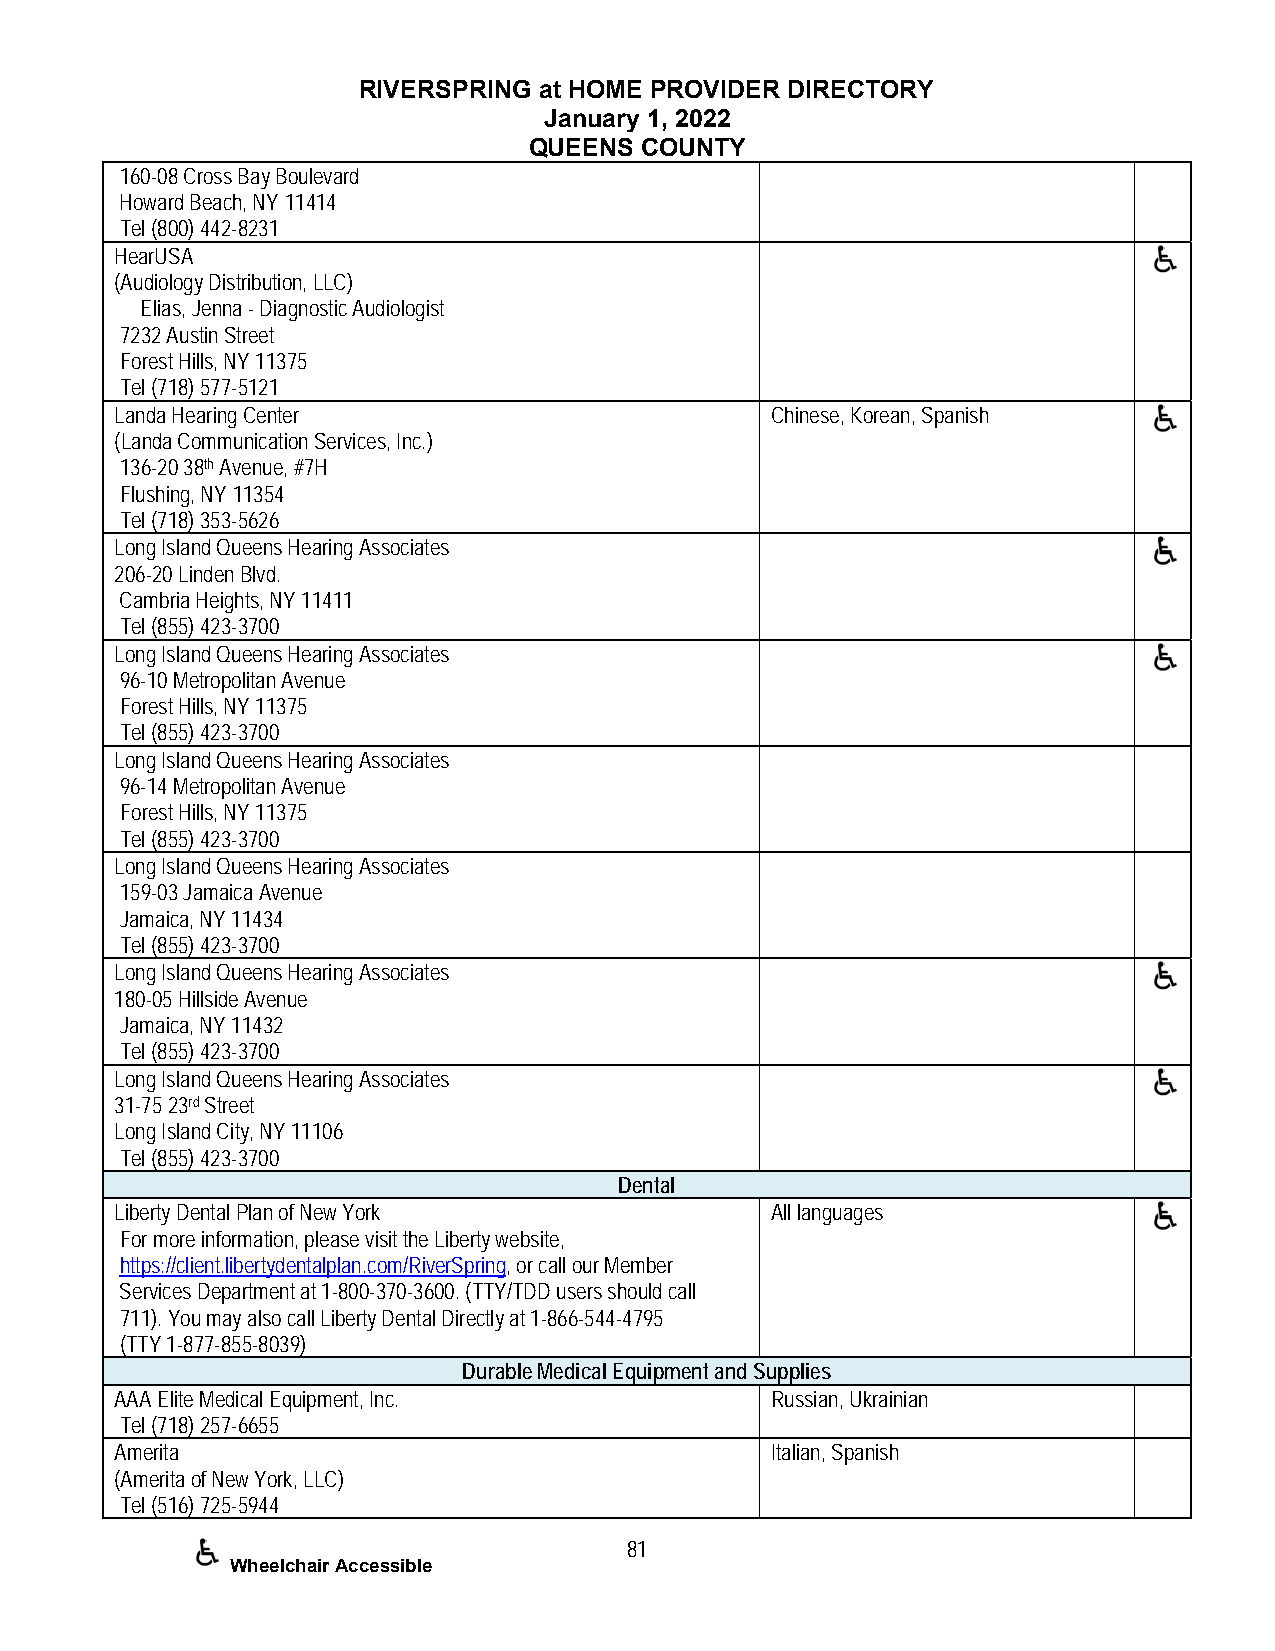
RIVERSPRING at HOME PROVIDER DIRECTORY
 January 1, 2022
 QUEENS COUNTY
 160-08 Cross Bay Boulevard
 Howard Beach, NY 11414
 Tel (800) 442-8231
 HearUSA
 (Audiology Distribution, LLC)
 Elias, Jenna - Diagnostic Audiologist
 7232 Austin Street
 Forest Hills, NY 11375
 Tel (718) 577-5121
 Landa Hearing Center                       Chinese, Korean, Spanish
 (Landa Communication Services, Inc.)
 136-20 38th Avenue, #7H
 Flushing, NY 11354
 Tel (718) 353-5626
 Long Island Queens Hearing Associates
 206-20 Linden Blvd.
 Cambria Heights, NY 11411
 Tel (855) 423-3700
 Long Island Queens Hearing Associates
 96-10 Metropolitan Avenue
 Forest Hills, NY 11375
 Tel (855) 423-3700
 Long Island Queens Hearing Associates
 96-14 Metropolitan Avenue
 Forest Hills, NY 11375
 Tel (855) 423-3700
 Long Island Queens Hearing Associates
 159-03 Jamaica Avenue
 Jamaica, NY 11434
 Tel (855) 423-3700
 Long Island Queens Hearing Associates
 180-05 Hillside Avenue
 Jamaica, NY 11432
 Tel (855) 423-3700
 Long Island Queens Hearing Associates
 31-75 23rd Street
 Long Island City, NY 11106
 Tel (855) 423-3700
 Dental
 Liberty Dental Plan of New York            All languages
 For more information, please visit the Liberty website,
 https://client.libertydentalplan.com/RiverSpring, or call our Member
 Services Department at 1-800-370-3600. (TTY/TDD users should call
 711). You may also call Liberty Dental Directly at 1-866-544-4795
 (TTY 1-877-855-8039)
 Durable Medical Equipment and Supplies
 AAA Elite Medical Equipment, Inc.          Russian, Ukrainian
 Tel (718) 257-6655
 Amerita                                    Italian, Spanish
 (Amerita of New York, LLC)
 Tel (516) 725-5944
 81
 Wheelchair Accessible